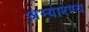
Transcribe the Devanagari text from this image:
अभ्यारण्य